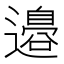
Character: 邉